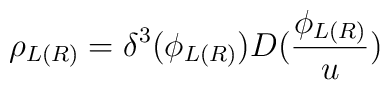
\rho _{L(R)}=\delta ^3(\phi _{L(R)})D(\frac{\phi _{L(R)}}u)